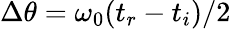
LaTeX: \Delta\theta=\omega_{0}(t_{r}-t_{i})/2